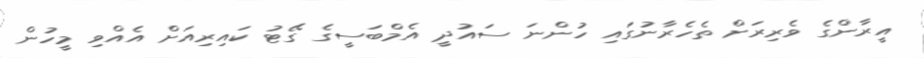
އީރާންގެ ވެރިރަށް ތެހެރާނުގައި ހުންނަ ސައުދީ އެމްބަސީގެ ގޭޓު ކައިރިއަށް އެއްވި މީހުން